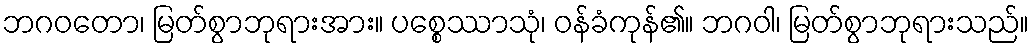
ဘဂဝတော၊ မြတ်စွာဘုရားအား။ ပစ္စေဿာသုံ၊ ဝန်ခံကုန်၏။ ဘဂဝါ၊ မြတ်စွာဘုရားသည်။